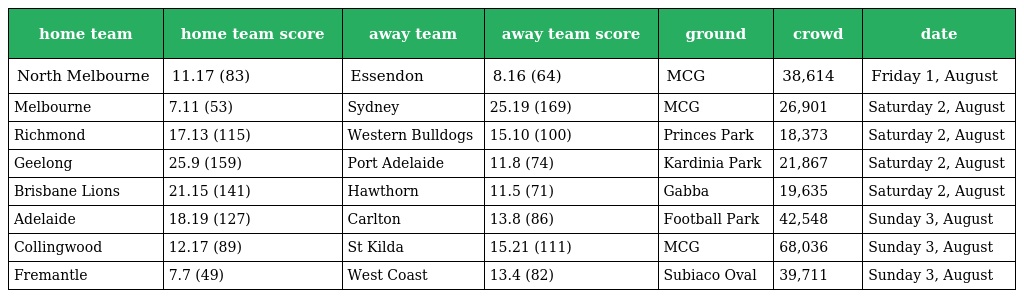
| home team | home team score | away team | away team score | ground | crowd | date |
 | --- | --- | --- | --- | --- | --- | --- |
 | North Melbourne | 11.17 (83) | Essendon | 8.16 (64) | MCG | 38,614 | Friday 1, August |
 | Melbourne | 7.11 (53) | Sydney | 25.19 (169) | MCG | 26,901 | Saturday 2, August |
 | Richmond | 17.13 (115) | Western Bulldogs | 15.10 (100) | Princes Park | 18,373 | Saturday 2, August |
 | Geelong | 25.9 (159) | Port Adelaide | 11.8 (74) | Kardinia Park | 21,867 | Saturday 2, August |
 | Brisbane Lions | 21.15 (141) | Hawthorn | 11.5 (71) | Gabba | 19,635 | Saturday 2, August |
 | Adelaide | 18.19 (127) | Carlton | 13.8 (86) | Football Park | 42,548 | Sunday 3, August |
 | Collingwood | 12.17 (89) | St Kilda | 15.21 (111) | MCG | 68,036 | Sunday 3, August |
 | Fremantle | 7.7 (49) | West Coast | 13.4 (82) | Subiaco Oval | 39,711 | Sunday 3, August |